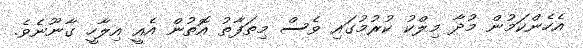
އެހެންކަމުން މުދާ މިލްކު ކުރުމުގައި ވެސް މިތަފާތު އޮތުން އެއީ އިލާހީ ގާނޫނެވެ.